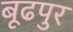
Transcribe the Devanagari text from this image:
बूढपुर